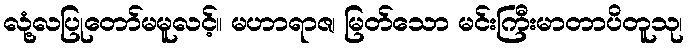
လုံ့လပြုတော်မမူလင့်။ မဟာရာဇ၊ မြတ်သော မင်းကြီးမာတာပိတူသု၊